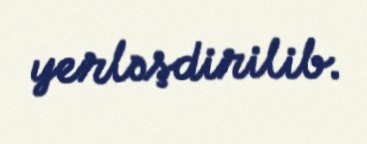
yerləşdirilib.